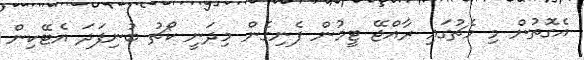
އެގޮތުން މި މެޗުގައި ރާއްޖޭ ޓީމުން ފެނިގެން މިދަނީ ކޯޗު ބުނިފަދަ އެޓޭކިން